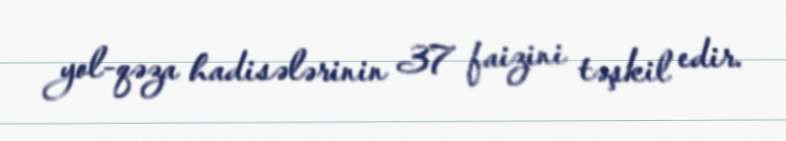
yol-qəza hadisələrinin 37 faizini təşkil edir.